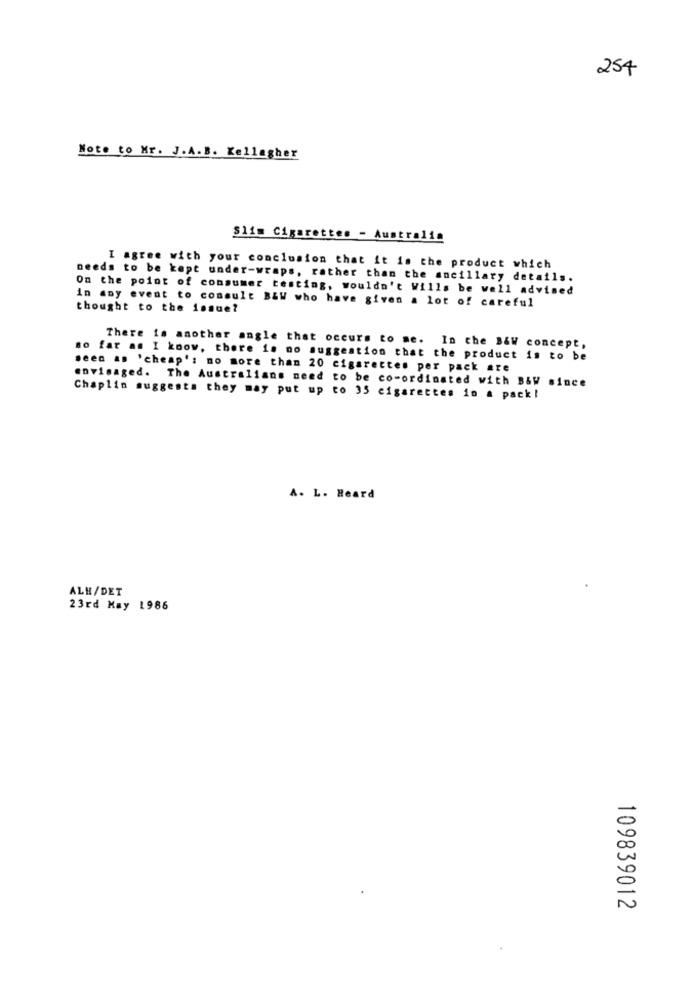
254
Note to Mr. J.A.B. Kellagher
Slim Cigarettes - Australia
I agree with your conclusion that it is the product which
needs to be kept under-wraps, rather than the ancillary details.
On the point of consumer testing, wouldn't Wills be well advised
in any event to consult B&W who have given a lot of careful
thought to the issue?
There is another angle that occurs to me. In the B&W concept,
so far as I know, there is no suggestion that the product is to be
seen as 'cheap': no more than 20 cigarettes per pack are
envisaged. The Australians need to be co-ordinated with B&W since
Chaplin suggests they may put up to 35 cigarettes in a pack!
A. L. Heard
ALH/DET
23rd May 1986
109839012